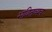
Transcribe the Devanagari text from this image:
भवितव्यच